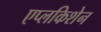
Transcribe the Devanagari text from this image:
एप्लकिशेन